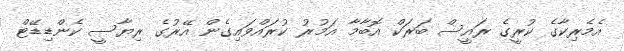
އެމެރިކާގެ ކުރީގެ ރައީސް ބަރަކް އޮބާމާ އަމުރު ކުރައްވައިގެން އޭރުގެ ރިޔާސީ ކެންޑިޑޭޓް